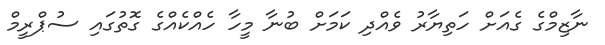
ނާޒިމްގެ ގެއަށް ހަތިޔާރު ވެއްދި ކަމަށް ބުނާ މީހާ ހެއްކެއްގެ ގޮތުގައި ސުޕްރީމް